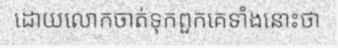
ដោយលោកចាត់ទុកពួកគេទាំងនោះថា